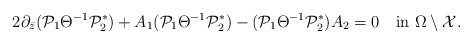
\begin{align*}2\partial_{\bar z}(\mathcal P_1\Theta^{-1}{\mathcal P_2^*})+A_1(\mathcal P_1\Theta^{-1}{\mathcal P_2^*})-(\mathcal P_1\Theta^{-1}{\mathcal P_2^*})A_2=0\quad\mbox{in}\,\,\Omega \setminus \mathcal X.\end{align*}